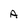
Character: A